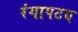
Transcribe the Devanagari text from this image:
रंगापटय